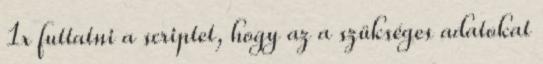
1x futtatni a scriptet, hogy az a szükséges adatokat